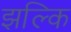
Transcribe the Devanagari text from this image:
झल्कि